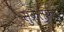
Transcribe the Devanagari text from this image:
सुक्रलफेट